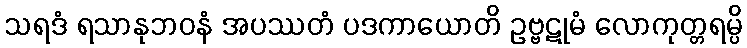
သရဒံ ရသာနုဘဝနံ အပဿတံ ပဒကာယောတိ ဥဗ္ဗဋုမံ လောကုတ္တရမ္ပိ